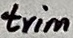
Text: trim